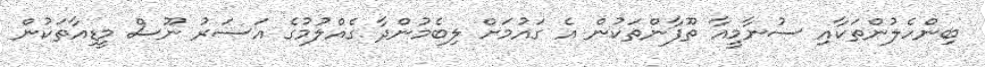
ބިންހެލުންތަކާއި ސުނާމީއާ ތޫފާންތަކުން އެ ގައުމަށް ލިބެމުންދާ ގެއްލުމުގެ އަސަރު ނޫސް މީޑިއާތަކުން